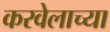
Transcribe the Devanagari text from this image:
करवेलाच्या